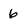
Character: 6